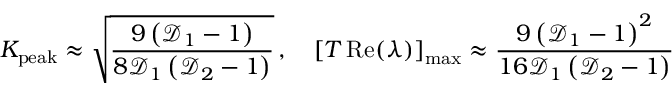
K _ { \mathrm { p e a k } } \approx \sqrt { \frac { 9 \left( \mathcal { D } _ { 1 } - 1 \right) } { 8 \mathcal { D } _ { 1 } \left( \mathcal { D } _ { 2 } - 1 \right) } } \, , \quad \left[ T \operatorname { R e } ( \lambda ) \right] _ { \mathrm { m a x } } \approx \frac { 9 \left( \mathcal { D } _ { 1 } - 1 \right) ^ { 2 } } { 1 6 \mathcal { D } _ { 1 } \left( \mathcal { D } _ { 2 } - 1 \right) }